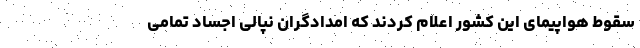
سقوط هواپیمای این کشور اعلام کردند که امدادگران نپالی اجساد تمامی